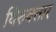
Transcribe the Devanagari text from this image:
थिरुवत्तार